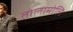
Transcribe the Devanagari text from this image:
तोलामोलि